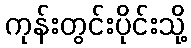
ကုန်းတွင်းပိုင်းသို့